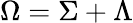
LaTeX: \Omega=\Sigma+\Lambda